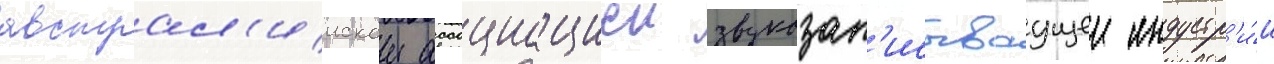
австрал'иискои ассоциациеи звукозап'исываущеи индустр'и́и